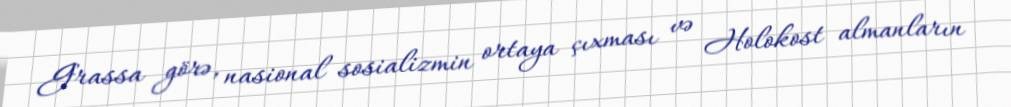
Grassa görə, nasional sosializmin ortaya çıxması və Holokost almanların